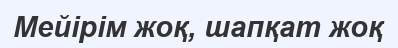
Мейірім жоқ, шапқат жоқ